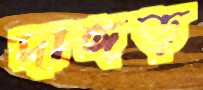
দাঙ্গড়